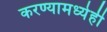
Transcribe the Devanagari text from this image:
करण्यामध्येही